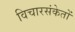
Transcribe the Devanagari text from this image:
विचारसंकेतों